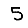
Digit: 5